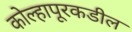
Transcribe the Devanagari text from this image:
कोल्हापूरकडील